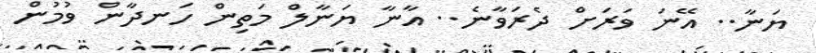
ޔަނާ.. އޭނަ ވަރަށް ދެރަވާނެ.. އާނާ ޔަނާލް މަތިން ހަނދާން ވުމުން